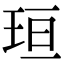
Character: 𪻘